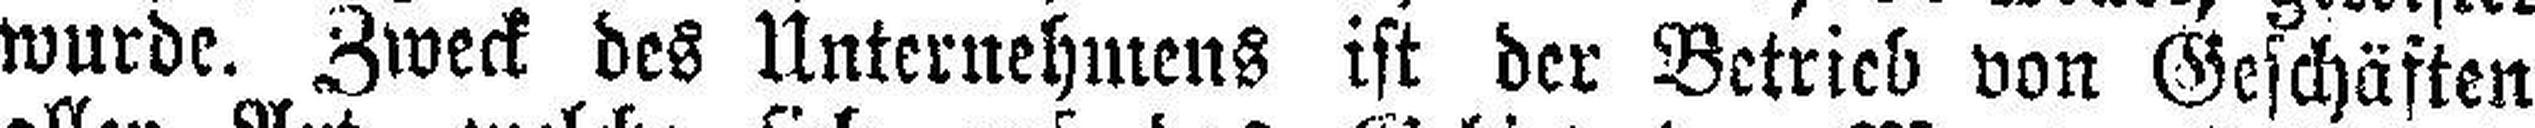
wurde. Zweck des Unternehmens ist der Betrieb von Geschäften